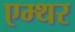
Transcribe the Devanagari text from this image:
एम्थर